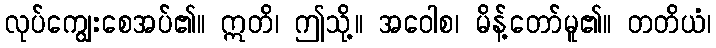
လုပ်ကျွေးစေအပ်၏။ ဣတိ၊ ဤသို့။ အဝေါစ၊ မိန့်တော်မူ၏။ တတိယံ၊